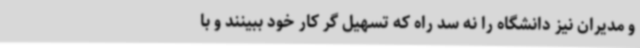
و مدیران نیز دانشگاه را نه سد راه که تسهیل گر کار خود ببینند و با